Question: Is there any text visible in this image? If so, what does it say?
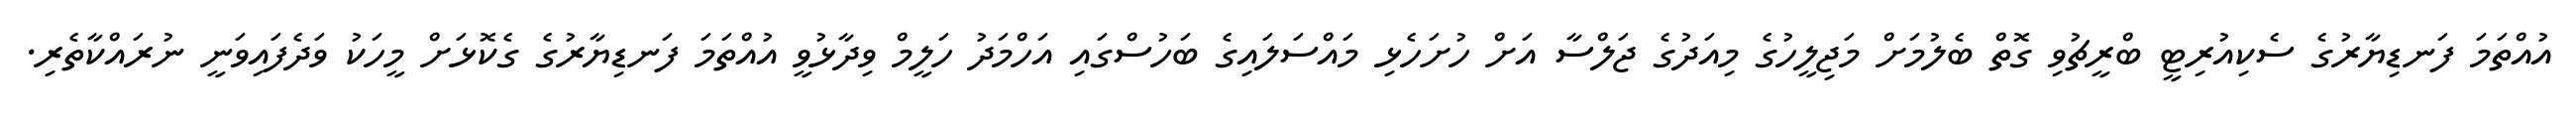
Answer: އުއްތަމަ ފަނޑިޔާރުގެ ސެކިއުރިޓީ ބްރީޗުވި ގޮތް ބެލުމަށް މަޖިލީހުގެ މިއަދުގެ ޖަލްސާ އަށް ހުށަހެޅި މައްސަލައިގެ ބަހުސްގައި އަހްމަދު ހަލީމް ވިދާޅުވީ އުއްތަމަ ފަނޑިޔާރުގެ ގެކޮޅަށް މީހަކު ވަދެފައިވަނީ ނުރައްކާތެރި.